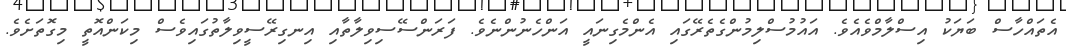
އެތައްހާސް ބަޔަކު އިސްލާމްވެއެވެ. އައުމުސްލިމުންގެތެރޭގައި އެންމެގިނައީ އަންހެނުންނެވެ. ފަރަންސޭސިވިލާތާއި އިނގިރޭސީވިލާތުގައިވެސް މިކަންއޮތީ މިގޮތަށެވެ.